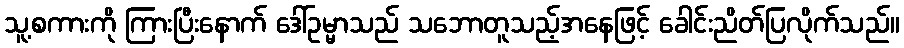
သူ့စကားကို ကြားပြီးနောက် ဒေါ်ဥမ္မာသည် သဘောတူသည့်အနေဖြင့် ခေါင်းညိတ်ပြလိုက်သည်။